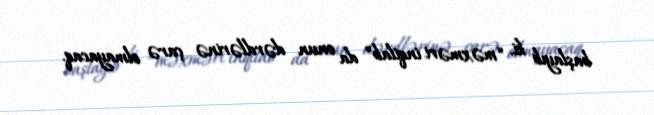
başlayıb ki, “məxməri inqilab” da onun dərdlərinə çarə olmayacaq.